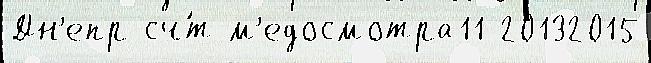
Дн'епр сч́т м'едосмотра11 20132015